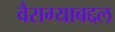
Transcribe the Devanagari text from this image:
वैराग्याबद्दल